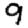
Digit: 9